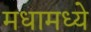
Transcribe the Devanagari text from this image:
मधामध्ये